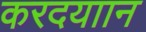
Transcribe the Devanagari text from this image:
करदयाान